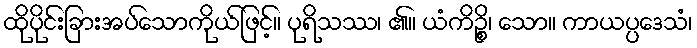
ထိုပိုင်းခြားအပ်သောကိုယ်ဖြင့်။ ပုရိသဿ၊ ၏။ ယံကိဉ္စိ၊ သော။ ကာယပ္ပဒေသံ၊